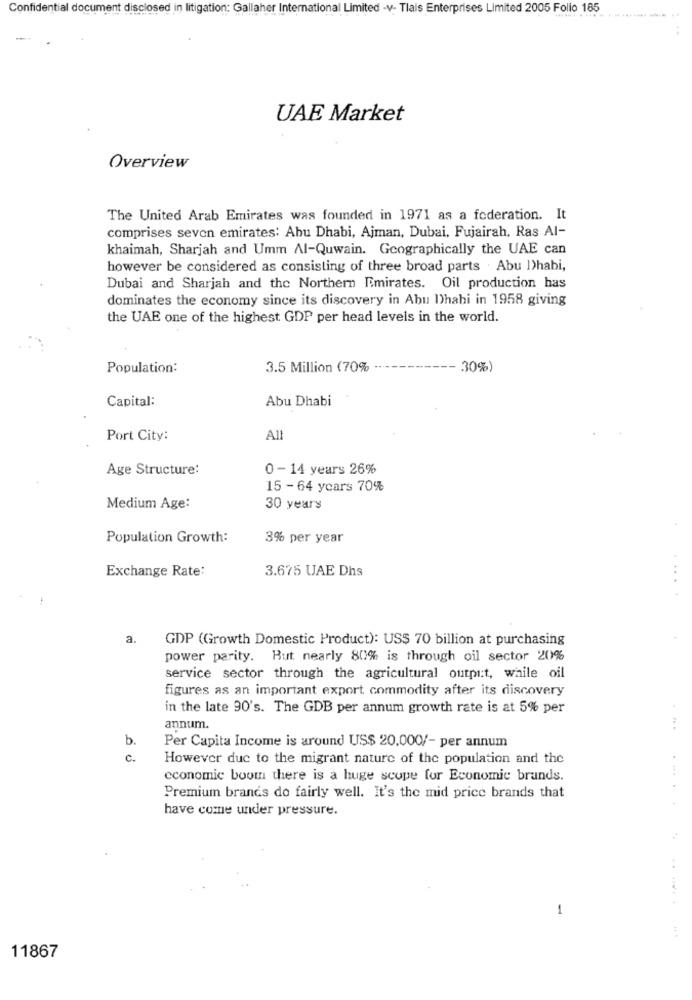
Confidential document disclosed in litigation: Gallaher International Limited -v- Tlais Enterprises Limited 2005 Folio 185
UAE Market
Overview
The United Arab Emirates was founded in 1971 as a federation. It
comprises seven emirates: Abu Dhabi, Ajman, Dubai, Fujairah. Ras Al-
khaimah, Sharjah and Umm Al-Quwain. Geographically the UAE can
however be considered as consisting of three broad parts Abu Dhabi,
Dubai and Sharjah and the Northern Emirates. Oil production has
dominates the economy since its discovery in Abu Dhahi in 1958 giving
the UAE one of the highest GDP per head levels in the world.
Population:
3.5 Million (70%
30%)
Capital:
Abu Dhabi
Port City:
All
Age Structure:
0-14 years 26%
15 - 64 years 70%
Medium Age:
30 years
Population Growth:
3% per year
Exchange Rate:
3.675 UAE Dhs
a.
GDP (Growth Domestic Product): US$ 70 billion at purchasing
power parity. But nearly 80% is through oil sector 20%
service sector through the agricultural output, while oil
figures as an important export commodity after its discovery
in the late 90's. The GDB per annum growth rate is at 5% per
annum.
b.
Per Capita Income is around US$ 20,000/- per annum
c.
However due to the migrant nature of the population and the
economic boom there is a huge scope for Economic brands.
Premium brands do fairly well. It's the mid price brands that
have come under pressure.
. .
1
11867